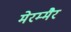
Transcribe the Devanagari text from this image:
मेरम्मैर